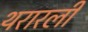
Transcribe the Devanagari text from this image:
थरारली